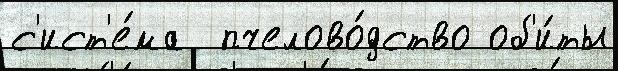
с'ист'е́ма  пчелово́дство об'и́ты